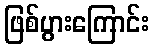
ဖြစ်ပွားကြောင်း